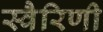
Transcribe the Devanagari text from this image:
स्वैरिणी